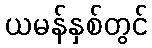
ယမန်နှစ်တွင်